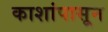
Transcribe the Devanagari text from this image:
काशांपासून